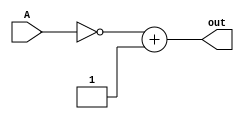
`timescale 1ns / 1ps
//////////////////////////////////////////////////////////////////////////////////
// Company: 
// Engineer: 
// 
// Design Name: 
// Module Name: twoComp
// Project Name: 
// Target Devices: 
// Tool Versions: 
// Description: 
// 
// Dependencies: 
// 
// Revision:
// Revision 0.01 - File Created
// Additional Comments:
// 
//////////////////////////////////////////////////////////////////////////////////


module twoComp( A, out);

input [31:0] A;
output reg [31:0] out;
integer i;

always@ (A)
begin
//for (i=0; i<32; i=i+1)
//begin
//    out[i]= 1 ^ A[i];
//    end
//    i=0;
//while(i<32 && out[i]==1)
//begin
//    out[i]=0;
//    i=i+1;
//    end
//    if (i<32)
//        out[i]=1;
//    end
    
    out = (~A) + 1;
    end
endmodule